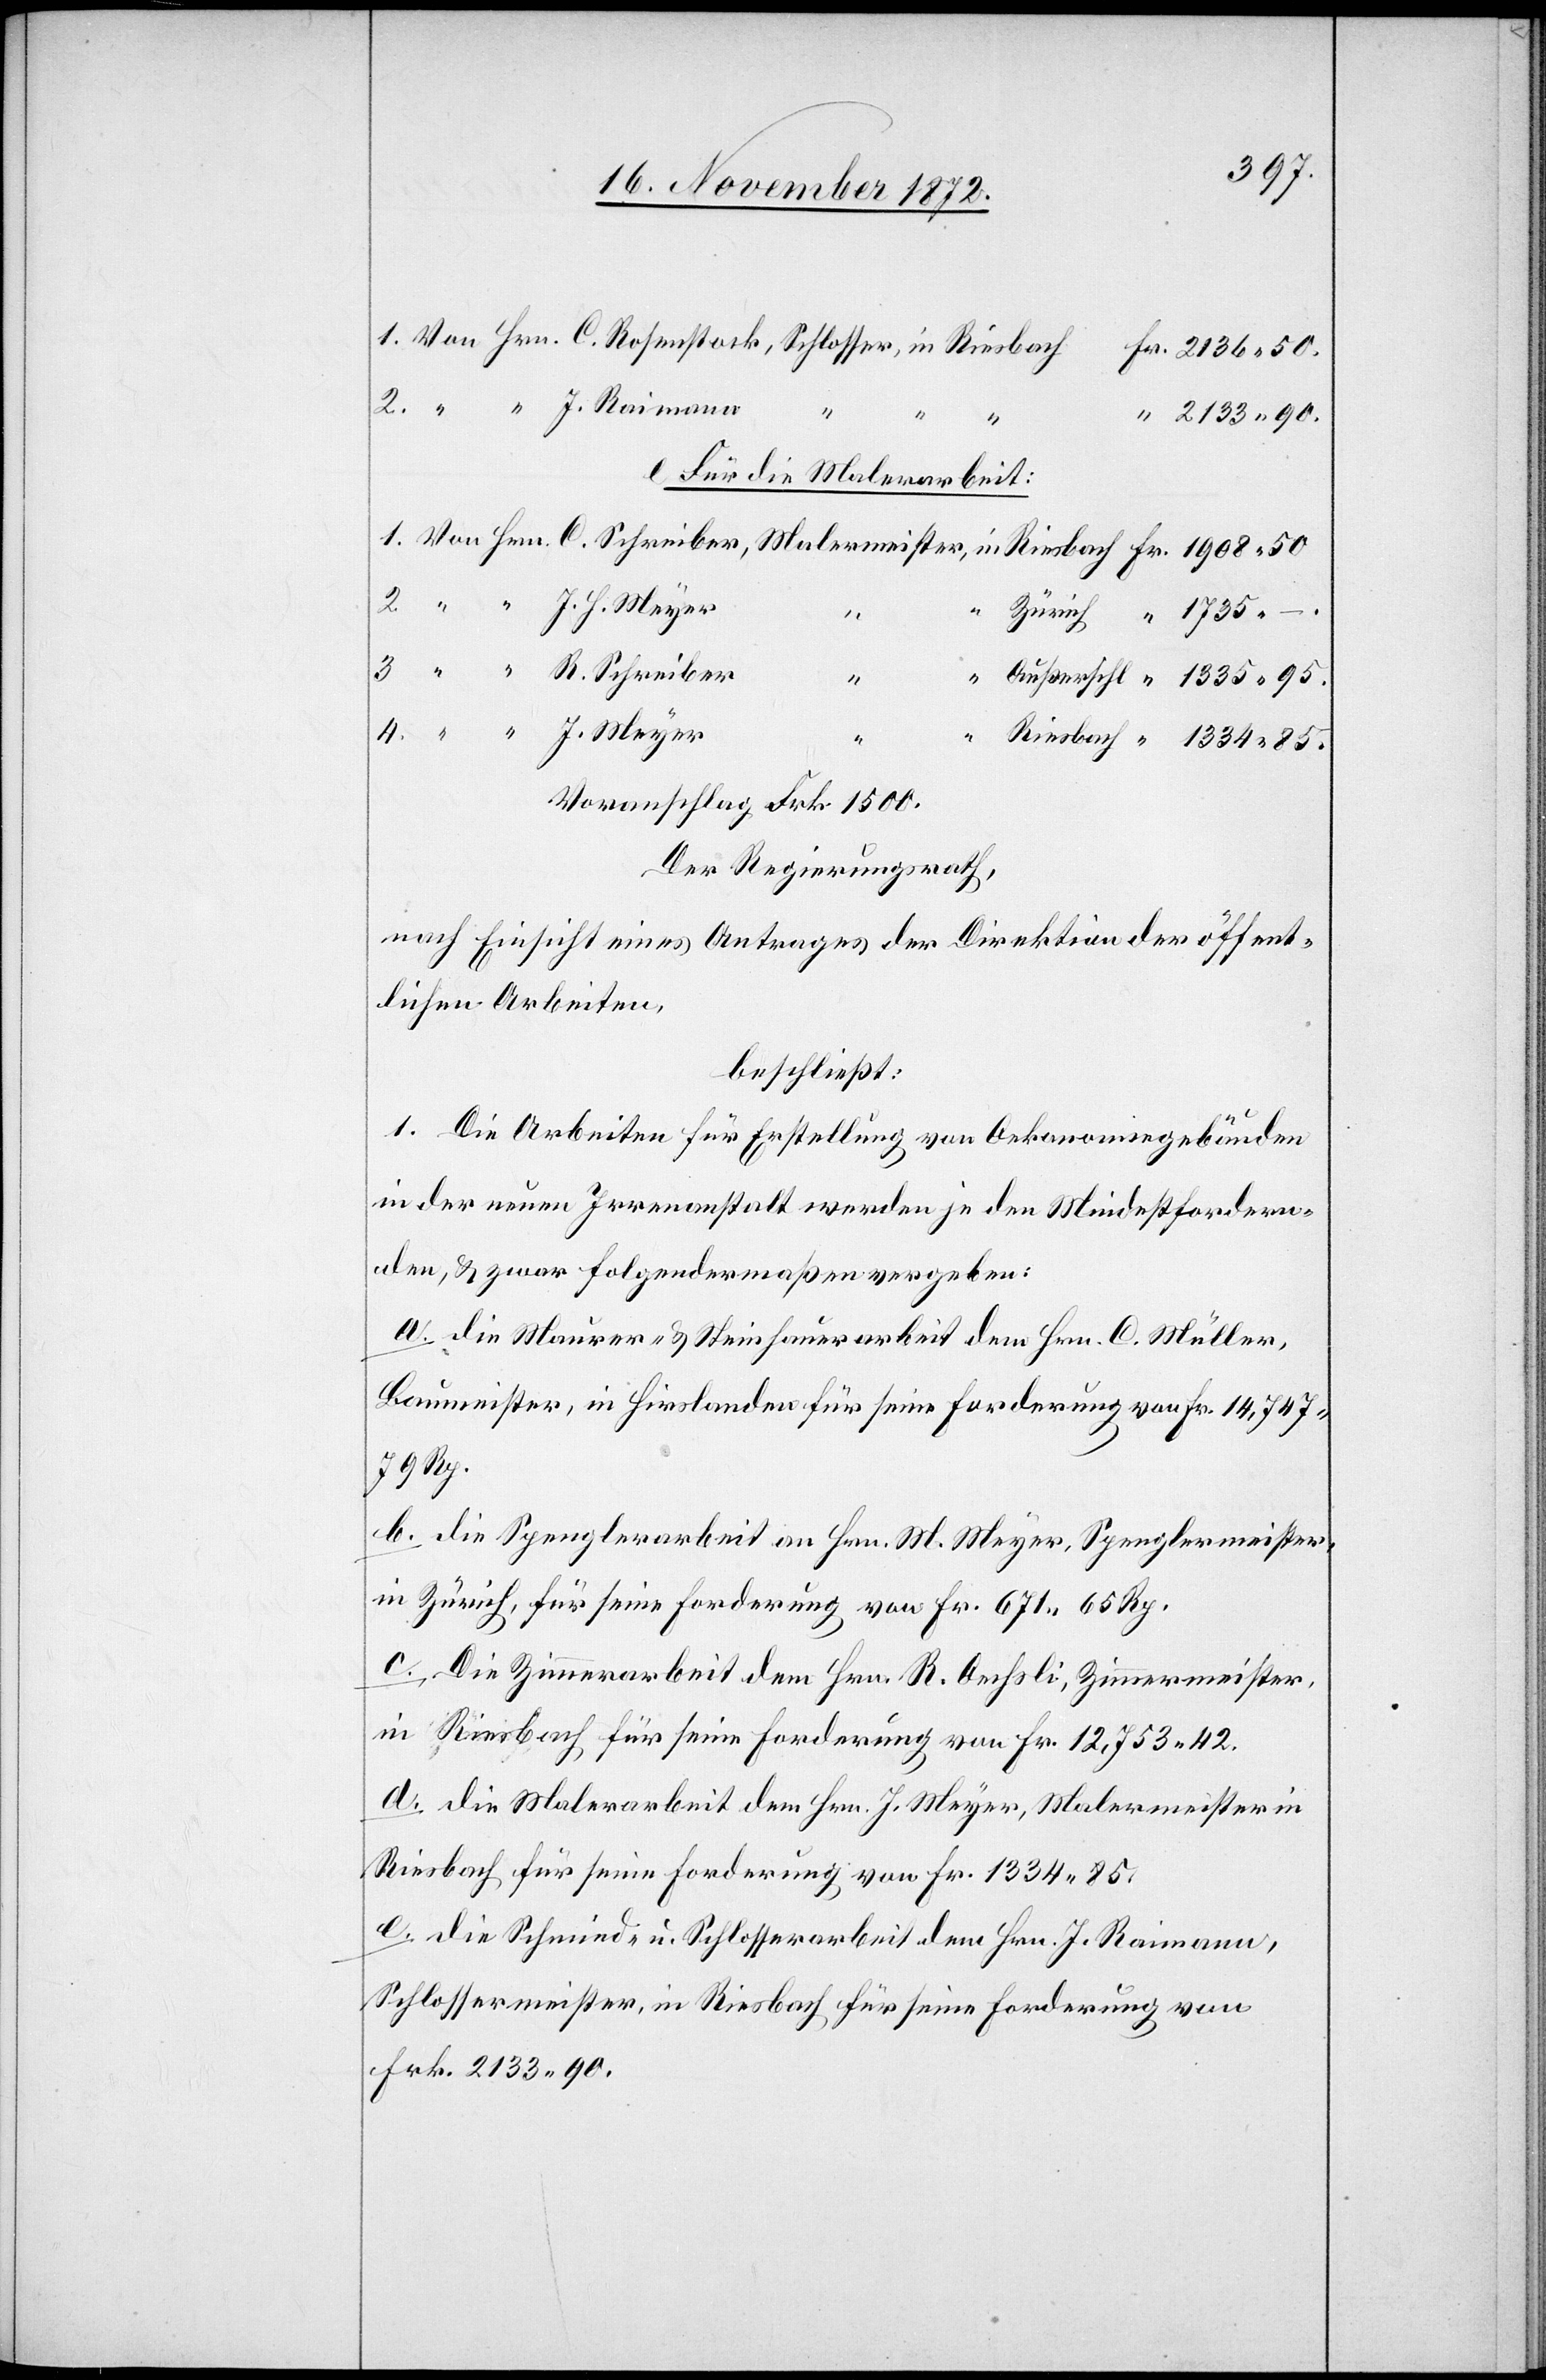
Riesbach
2133 90.
e. Für die Malerarbeit:
1.
4.
Voranschlag Frk. 1500.
Der Regierungsrath,
nach Einsicht eines Antrages der Direktion der öffent¬
lichen Arbeiten,
beschließt:
1. Die Arbeiten für Erstellung von Oekonomiegebäuden
in der neuen Irrenanstalt werden je den Mindestfordern¬
den, u. zwar folgendermaßen vergeben:
a. die Maurer- u. Steinhauerarbeit dem Hrn. C. Müller,
Baumeister, in Hirslanden für seine Forderung von Fr. 14,747
79 Rp.
b. die Spenglerarbeit an Hrn. M. Meyer, Spenglermeister,
in Zürich, für seine Forderung von Fr. 671 65 Rp.
c. Die Zimmerarbeit dem Hrn. R. Oechsli, Zimmermeister,
in Riesbach, für seine Forderung von Fr. 12,753 42.
d. die Malerarbeit dem Hrn. J. Meyer, Malermeister in
Riesbach für seine Forderung von Fr. 1334 85.
e. die Schmied- u. Schlosserarbeit dem Hrn. J. Raimann,
Schlossermeister, in Riesbach für seine Forderung von
Frk. 2133 90.